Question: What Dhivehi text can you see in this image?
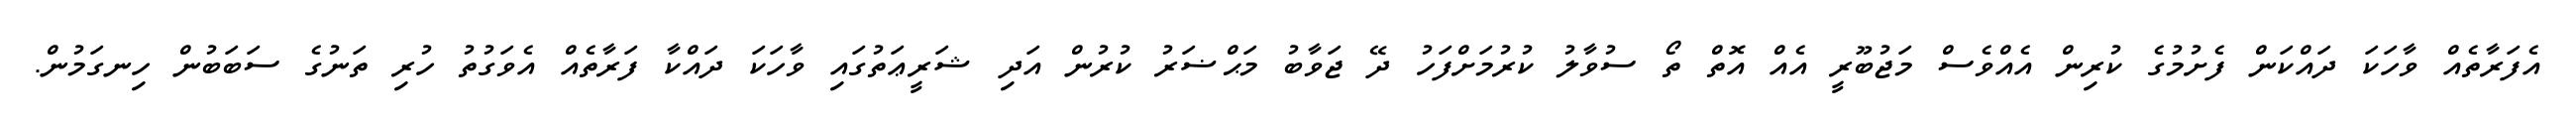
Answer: އެފަރާތެއް ވާހަކަ ދައްކަން ފެށުމުގެ ކުރިން އެއްވެސް މަޖުބޫރީ އެއް އޮތް ތޯ ސުވާލު ކުރުމަށްފަހު ދޭ ޖަވާބު މަޙްޟަރު ކުރުން އަދި ޝަރީޢަތުގައި ވާހަކަ ދައްކާ ފަރާތެއް އެވަގުތު ހުރި ތަނުގެ ސަބަބުން ހިނގަމުން.